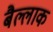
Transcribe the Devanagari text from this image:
बैल्लाक